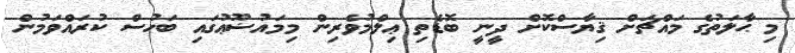
މި ޙާލަތުގެ މައްޗަށް ޤިޔާސްކޮށް ދީނީ ބޮޑެތި ޢިލްމުވެރިން މިމައުޟޫޢުގައި ބަހުސް ކުރައްވަމުން